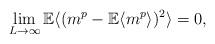
LaTeX: \begin{align*}\lim_{L\rightarrow \infty} {\mathbb E} \langle( m^p-{\mathbb E} \langle m^p \rangle)^2 \rangle =0,\end{align*}